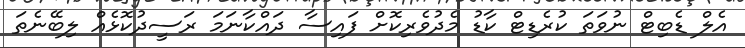
އެލް ޑެބިޓް ނުވަތަ ކުރެޑިޓް ކާޑު މެދުވެރިކޮށް ފައިސާ ދައްކާނަމަ ރަސީދުކޮޅެއް ލިބޭނެތަ